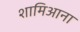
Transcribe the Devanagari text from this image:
शामिआना